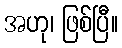
အဟု၊ ဖြစ်ပြီ။